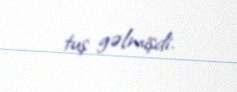
tuş gəlmişdi.